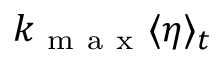
k _ { \mathrm { ~ m ~ a ~ x ~ } } \langle \eta \rangle _ { t }